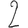
Digit: 2